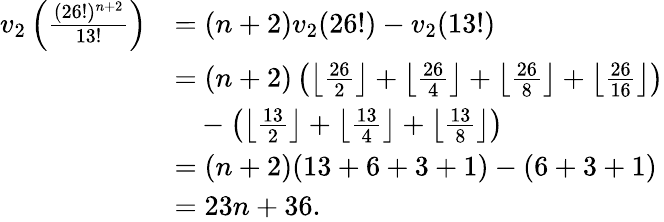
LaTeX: \begin{array}{rl}{v_{2}\left(\frac{(26!)^{n+2}}{13!}\right)}&{=(n+2)v_{2}(26!)-v_{2}(13!)}\\ &{=(n+2)\left(\left\lfloor\frac{26}{2}\right\rfloor+\left\lfloor\frac{26}{4}\right\rfloor+\left\lfloor\frac{26}{8}\right\rfloor+\left\lfloor\frac{26}{16}\right\rfloor\right)}\\ &{\ \ \ -\left(\left\lfloor\frac{13}{2}\right\rfloor+\left\lfloor\frac{13}{4}\right\rfloor+\left\lfloor\frac{13}{8}\right\rfloor\right)}\\ &{=(n+2)(13+6+3+1)-(6+3+1)}\\ &{=23n+36.}\end{array}